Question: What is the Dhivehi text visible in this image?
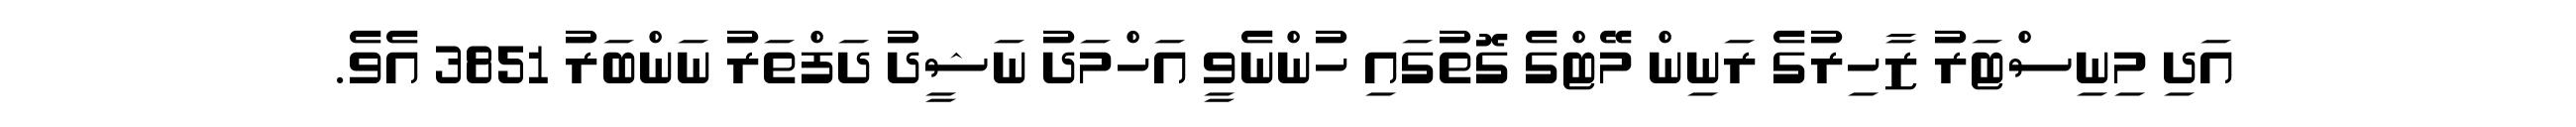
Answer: އަދި މިނިސްޓަރު ޒާހިރުގެ ރަނިން މޭޓްގެ ގޮތުގައި ހުންނެވީ އަހްމަދު ނަޝީދު ދަފްތަރު ނަންބަރު 3851 އެވެ.